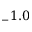
_ - 1 . 0